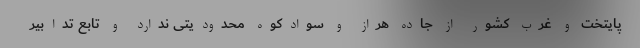
پایتخت و غرب کشور از جاده هراز و سوادکوه محدودیتی ندارد و تابع تدابیر